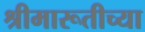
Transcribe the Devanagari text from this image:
श्रीमारूतीच्या